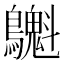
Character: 𪇫